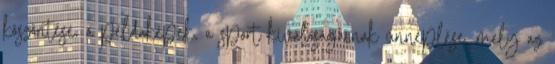
köszöntése, a példaképek, a sport kiválóságainak ünneplése, mely az